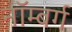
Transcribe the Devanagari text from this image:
नॉम्बर्ग